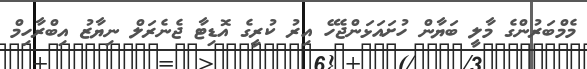
މެމްބަރުންގެ މާލީ ބަޔާން ހުށައަޅަންޖެހޭ އިރު ކުރީގެ އޮޑިޓާ ޖެނެރަލް ނިޔާޒު އިބްރާހިމް